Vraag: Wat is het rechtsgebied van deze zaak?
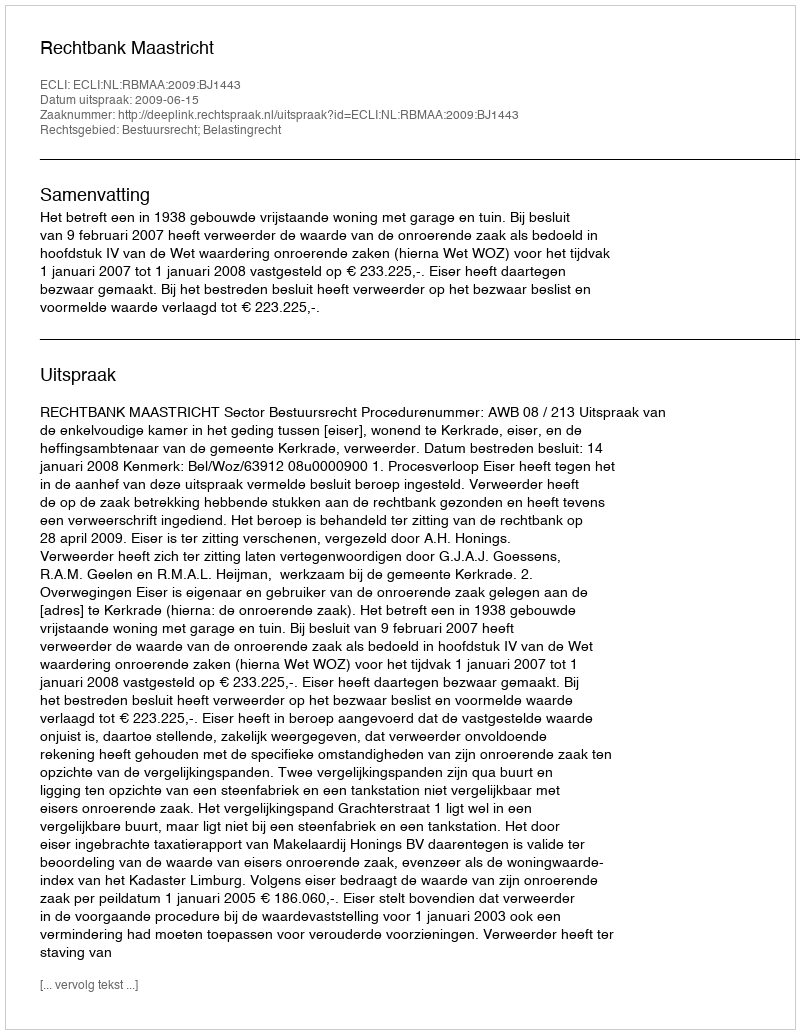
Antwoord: Bestuursrecht; Belastingrecht